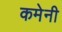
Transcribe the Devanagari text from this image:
कमेनी